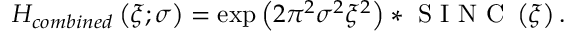
H _ { c o m b i n e d } \left( \xi ; \sigma \right) = \exp \left( { 2 \pi ^ { 2 } \sigma ^ { 2 } \xi ^ { 2 } } \right) * \textup { S I N C } \left( \xi \right) .